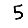
Digit: 5